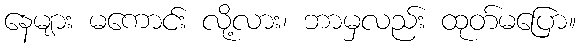
နေများ မကောင်း လို့လား၊ ဘာမှလည်း ထုတ်မပြော။